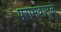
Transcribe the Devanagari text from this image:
पराभवामूळे